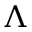
\Lambda